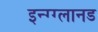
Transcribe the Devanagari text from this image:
इन्ग्ग्लानड